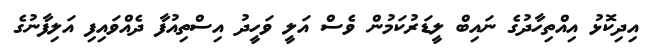
އިދިކޮޅު އިއްތިހާދުގެ ނައިބް ލީޑަރުކަމުން ވެސް އަލީ ވަހީދު އިސްތިއުފާ ދެއްވައިފި އަލިފާނުގެ